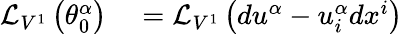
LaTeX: \begin{array}{rl}{{\mathcal{L}}_{V^{1}}\left(\theta_{0}^{\alpha}\right)}&{{}={\mathcal{L}}_{V^{1}}\left(du^{\alpha}-u_{i}^{\alpha}dx^{i}\right)}\end{array}